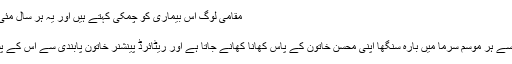
مقامی لوگ اس بیماری کو چمکی کہتے ہیں اور یہ ہر سال مئی جون میں پھیلتی ہے اور…
گھر کا کھانا چاہیے
ناروے میں گزشتہ تین سال سے ہر موسمِ سرما میں بارہ سنگھا اپنی محسن خاتون کے پاس کھانا کھانے جاتا ہے اور ریٹائرڈ پینشنر خاتون پابندی سے اس کے پسندیدہ اسنیک اسے دیتی ہیں۔